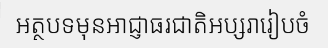
អត្ថបទមុនអាជ្ញាធរជាតិអប្សរារៀបចំ